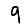
Digit: 9